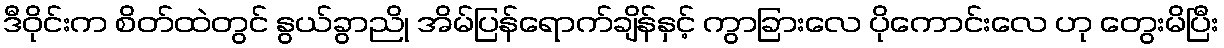
ဒီဝိုင်းက စိတ်ထဲတွင် နွယ်ခွာညို အိမ်ပြန်ရောက်ချိန်နှင့် ကွာခြားလေ ပိုကောင်းလေ ဟု တွေးမိပြီး